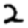
Digit: 2